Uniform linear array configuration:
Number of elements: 48
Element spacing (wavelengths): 0.25
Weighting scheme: hamming
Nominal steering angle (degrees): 0
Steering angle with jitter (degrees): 0.181
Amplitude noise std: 0.05
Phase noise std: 0.05

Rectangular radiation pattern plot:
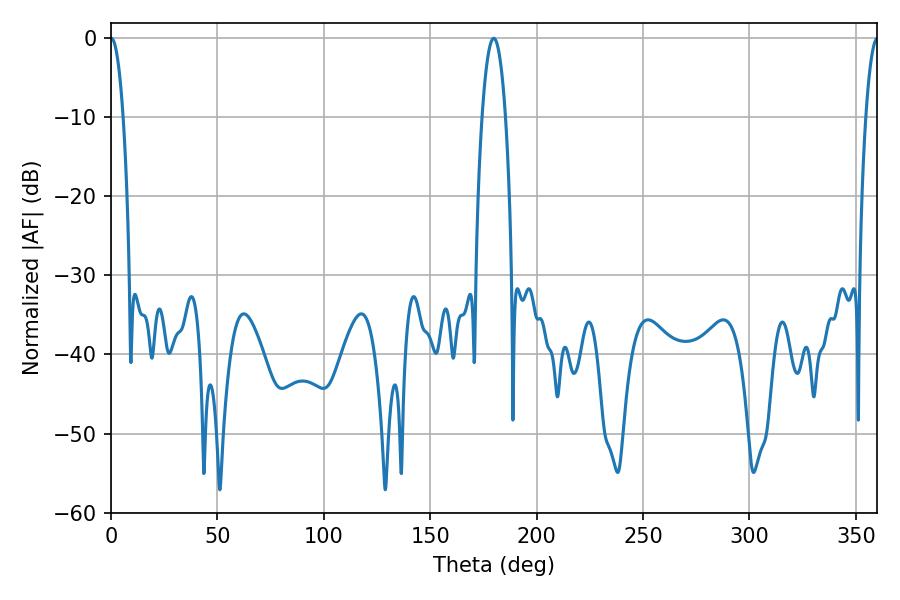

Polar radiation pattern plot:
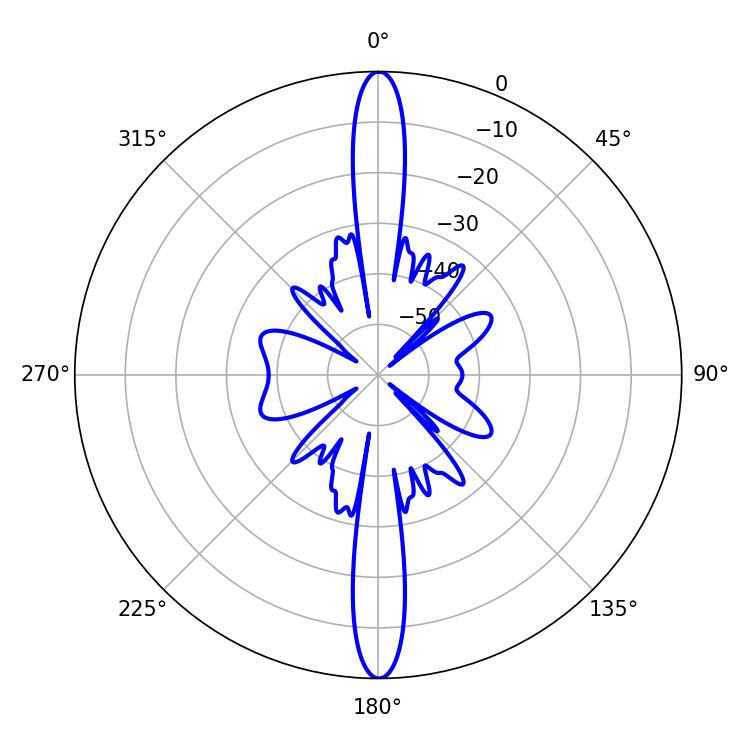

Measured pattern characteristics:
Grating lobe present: FALSE
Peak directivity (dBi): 35.011
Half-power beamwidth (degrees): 3.24
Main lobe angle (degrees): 0.18